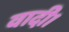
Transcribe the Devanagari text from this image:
वादी।